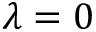
\lambda = 0